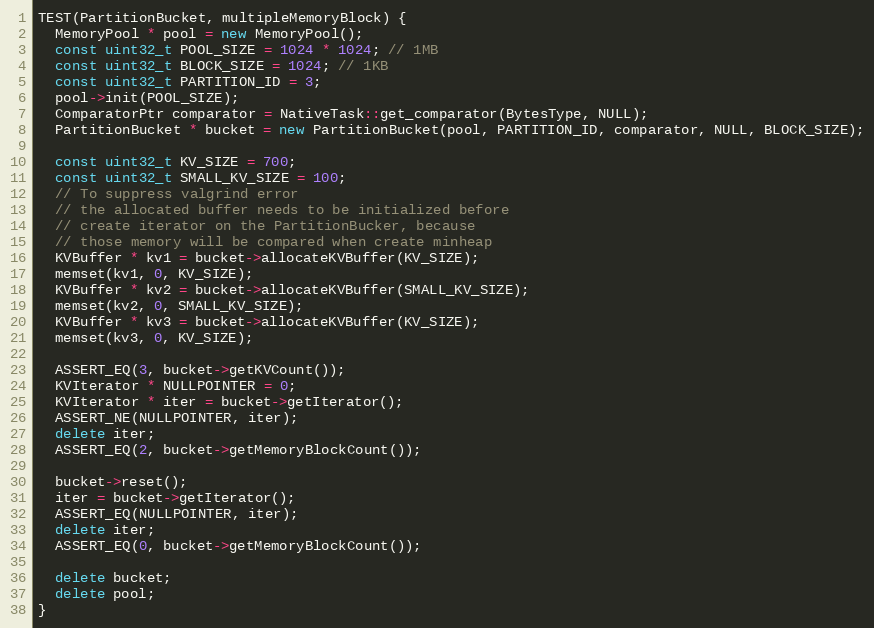
Language: C++
TEST(PartitionBucket, multipleMemoryBlock) {
  MemoryPool * pool = new MemoryPool();
  const uint32_t POOL_SIZE = 1024 * 1024; // 1MB
  const uint32_t BLOCK_SIZE = 1024; // 1KB
  const uint32_t PARTITION_ID = 3;
  pool->init(POOL_SIZE);
  ComparatorPtr comparator = NativeTask::get_comparator(BytesType, NULL);
  PartitionBucket * bucket = new PartitionBucket(pool, PARTITION_ID, comparator, NULL, BLOCK_SIZE);

  const uint32_t KV_SIZE = 700;
  const uint32_t SMALL_KV_SIZE = 100;
  // To suppress valgrind error
  // the allocated buffer needs to be initialized before
  // create iterator on the PartitionBucker, because
  // those memory will be compared when create minheap
  KVBuffer * kv1 = bucket->allocateKVBuffer(KV_SIZE);
  memset(kv1, 0, KV_SIZE);
  KVBuffer * kv2 = bucket->allocateKVBuffer(SMALL_KV_SIZE);
  memset(kv2, 0, SMALL_KV_SIZE);
  KVBuffer * kv3 = bucket->allocateKVBuffer(KV_SIZE);
  memset(kv3, 0, KV_SIZE);

  ASSERT_EQ(3, bucket->getKVCount());
  KVIterator * NULLPOINTER = 0;
  KVIterator * iter = bucket->getIterator();
  ASSERT_NE(NULLPOINTER, iter);
  delete iter;
  ASSERT_EQ(2, bucket->getMemoryBlockCount());

  bucket->reset();
  iter = bucket->getIterator();
  ASSERT_EQ(NULLPOINTER, iter);
  delete iter;
  ASSERT_EQ(0, bucket->getMemoryBlockCount());

  delete bucket;
  delete pool;
}